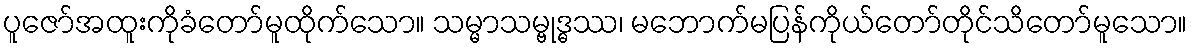
ပူဇော်အထူးကိုခံတော်မူထိုက်သော။ သမ္မာသမ္ဗုဒ္ဓဿ၊ မဘောက်မပြန်ကိုယ်တော်တိုင်သိတော်မူသော။